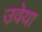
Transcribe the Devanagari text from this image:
उवेया